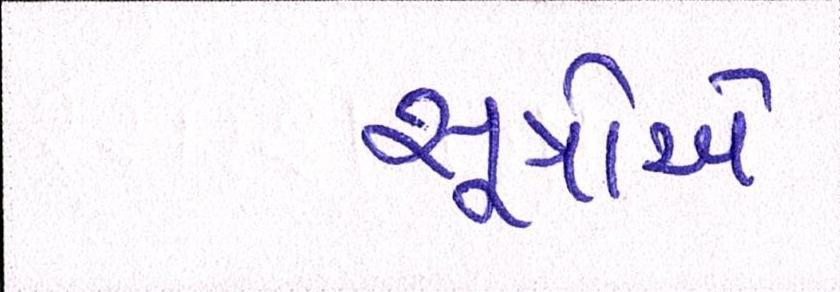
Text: સૂત્રોએ